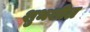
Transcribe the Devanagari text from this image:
शुभशील